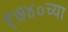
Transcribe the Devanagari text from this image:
१७४०च्या